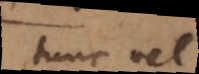
tunc vel